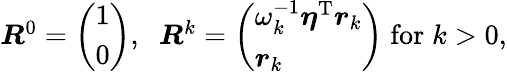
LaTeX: \begin{array}{r}{\boldsymbol R^{0}=\left(\begin{array}{l}{1}\\ {0}\end{array}\right),\; \; \boldsymbol R^{k}=\left(\begin{array}{l}{\omega_{k}^{-1}\boldsymbol{\eta}^{\mathrm{T}}\boldsymbol{r}_{k}}\\ {\boldsymbol{r}_{k}}\end{array}\right)\; \mathrm{for}\; k>0,}\end{array}